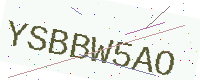
Text: YSBBW5AO